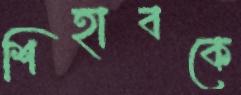
শিহাবকে